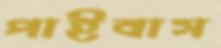
পাইবাস